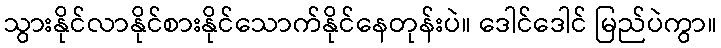
သွားနိုင်လာနိုင်စားနိုင်သောက်နိုင်နေတုန်းပဲ။ ဒေါင်ဒေါင် မြည်ပဲကွာ။